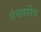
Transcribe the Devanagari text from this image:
पंचवर्गीय